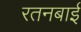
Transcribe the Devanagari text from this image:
रतनबाई